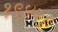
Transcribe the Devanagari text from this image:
१९४२।